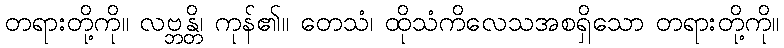
တရားတို့ကို။ လဗ္ဘန္တိ၊ ကုန်၏။ တေသံ၊ ထိုသံကိလေသအစရှိသော တရားတို့ကို။